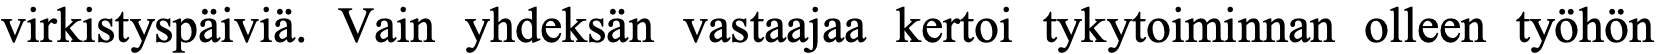
virkistyspäiviä. Vain yhdeksän vastaajaa kertoi tykytoiminnan olleen työhön